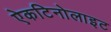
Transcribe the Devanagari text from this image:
ऐकटिनोलाइट